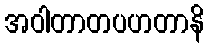
အဝါတာတပဟတာနိ